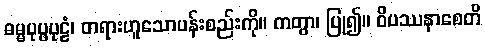
ဓမ္မပုပ္ဖပုဠံ၊ တရားဟူသောပန်းစည်းကို။ ကတွာ၊ ပြု၍။ ဝိပဿနာစေတိ